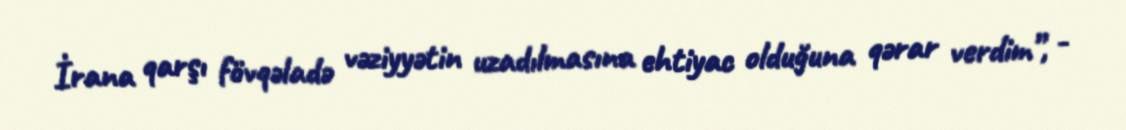
İrana qarşı fövqəladə vəziyyətin uzadılmasına ehtiyac olduğuna qərar verdim”, -